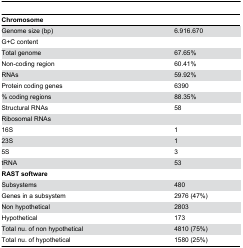
| Chromosome |  |
 | --- | --- |
 | Genome size (bp) | 6.916.670 |
 | G+C content |  |
 | Total genome | 67.65% |
 | Non-coding region | 60.41% |
 | RNAs | 59.92% |
 | Protein coding genes | 6390 |
 | % coding regions | 88.35% |
 | Structural RNAs | 58 |
 | Ribosomal RNAs |  |
 | 16S | 1 |
 | 23S | 1 |
 | 5S | 3 |
 | tRNA | 53 |
 | RAST software |  |
 | Subsystems | 480 |
 | Genes in a subsystem | 2976 (47%) |
 | Non hypothetical | 2803 |
 | Hypothetical | 173 |
 | Total nu. of non hypothetical | 4810 (75%) |
 | Total nu. of hypothetical | 1580 (25%) |